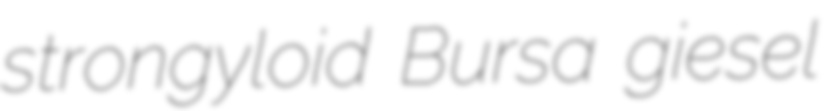
strongyloid Bursa giesel